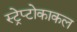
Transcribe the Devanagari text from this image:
स्ट्रेप्टोकाकल